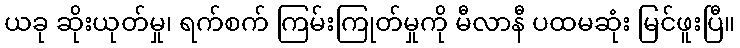
ယခု ဆိုးယုတ်မှု၊ ရက်စက် ကြမ်းကြုတ်မှုကို မီလာနီ ပထမဆုံး မြင်ဖူးပြီ။